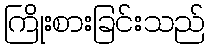
ကြိုးစားခြင်းသည်